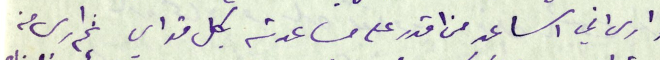
وارى اني اساعد من اقدر على مساعدته بكل قواي ثم ارى من